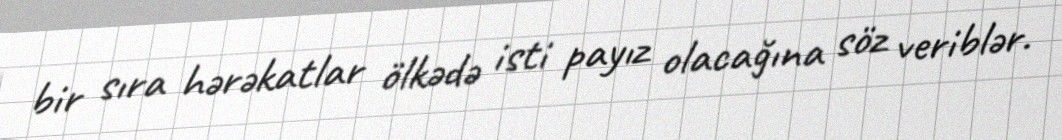
bir sıra hərəkatlar ölkədə isti payız olacağına söz veriblər.